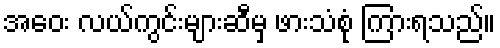
အဝေး လယ်ကွင်းများဆီမှ ဖားသံစုံ ကြားရသည်။